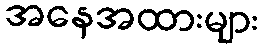
အနေအထားများ